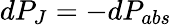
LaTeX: dP_{J}=-dP_{abs}